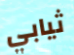
ثيابي